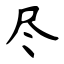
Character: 尽